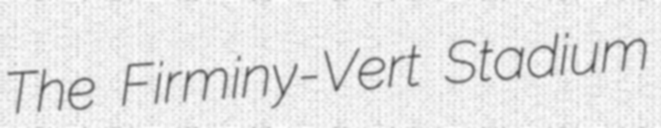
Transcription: The Firminy-Vert Stadium